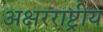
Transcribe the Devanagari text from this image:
अक्षरराष्ट्रीय